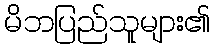
မိဘပြည်သူများ၏